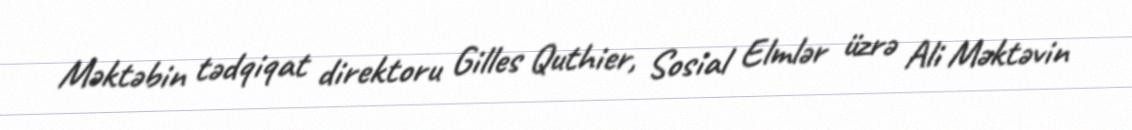
Məktəbin tədqiqat direktoru Gilles Quthier, Sosial Elmlər üzrə Ali Məktəvin